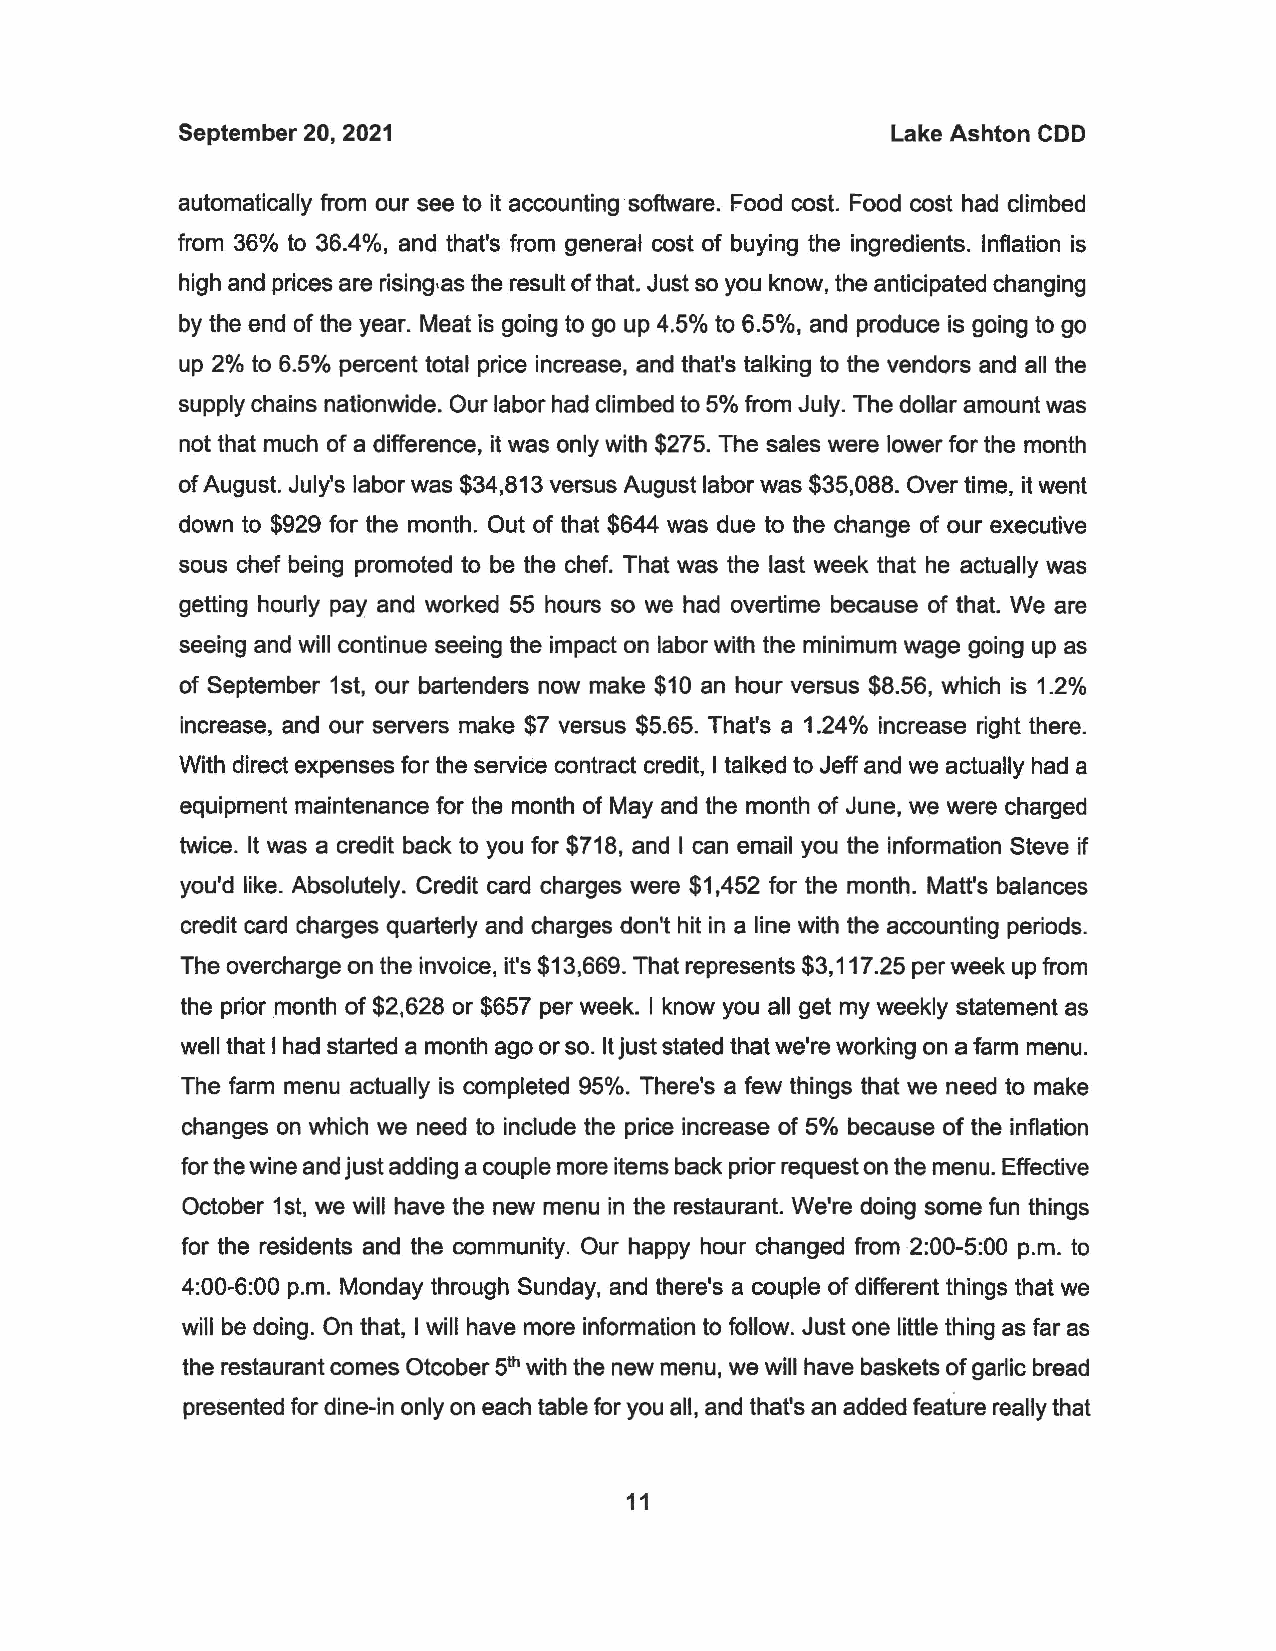
September 20, 2021                             Lake Ashton CDD
 automatically from our see to it accounting software. Food cost. Food cost had climbed
 from 36% to 36.4%, and that's from general cost of buying the ingredients. Inflation is
 high and prices are rising,as the result of that. Just so you know, the anticipated changing
 by the end of the year. Meat is going to go up 4.5% to 6.5%, and produce is going to go
 up 2% to 6.5% percent total price increase, and that's talking to the vendors and all the
 supply chains nationwide. Our labor had climbed to 5% from July. The dollar amount was
 not that much of a difference, it was only with $275. The sales were lower for the month
 of August. July's labor was $34,813 versus August labor was $35,088. Over time, it went
 down to $929 for the month. Out of that $644 was due to the change of our executive
 sous chef being promoted to be the chef. That was the last week that he actually was
 getting hourly pay and worked 55 hours so we had overtime because of that. We are
 seeing and will continue seeing the impact on labor with the minimum wage going up as
 of September 1st, our bartenders now make $10 an hour versus $8.56, which is 1.2%
 increase, and our servers make $7 versus $5.65. That's a 1.24% increase right there.
 With direct expenses for the service contract credit, I talked to Jeff and we actually had a
 equipment maintenance for the month of May and the month of June, we were charged
 twice. It was a credit back to you for $718, and I can email you the information Steve if
 you'd like. Absolutely. Credit card charges were $1,452 for the month. Matt's balances
 credit card charges quarterly and charges don't hit in a line with the accounting periods.
 The overcharge on the invoice, it's $13,669. That represents $3,117.25 per week up from
 the prior .month of $2,628 or $657 per week. I know you all get my weekly statement as
 well that I had started a month ago or so. It just stated that we're working on a farm menu.
 The farm menu actually is completed 95%. There's a few things that we need to make
 changes on which we need to include the price increase of 5% because of the inflation
 for the wine and just adding a couple more items back prior request on the menu. Effective
 October 1st, we will have the new menu in the restaurant. We're doing some fun things
 for the residents and the community. Our happy hour changed from 2:00-5:00 p.m. to
 4:00-6:00 p.m. Monday through Sunday, and there's a couple of different things that we
 will be doing. On that, I will have more information to follow. Just one little thing as far as
 the restaurant comes Otcober 5th with the new menu, we will have baskets of garlic bread
 presented for dine-in only on each table for you all, and that's an added feature really that
 11